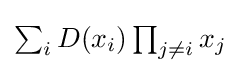
{\textstyle \sum _{i}D(x_{i})\prod _{j\neq i}x_{j}}